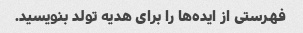
فهرستی از ایده‌ها را برای هدیه تولد بنویسید.